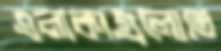
এলাকাগুলোতে